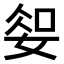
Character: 𫰱